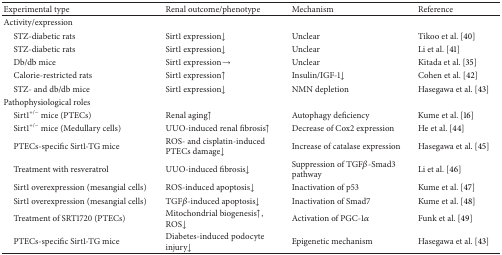
<table><thead><tr><td><b>Experimental type </b></td><td><b>Renal outcome/phenotype </b></td><td><b>Mechanism </b></td><td><b>Reference </b></td></tr></thead><tbody><tr><td>Activity/expression </td><td> </td><td> </td><td> </td></tr><tr><td> STZ-diabetic rats </td><td>Sirt1 expression<b>↓</b></td><td>Unclear </td><td>Tikoo et al. [40] </td></tr><tr><td> STZ-diabetic rats </td><td>Sirt1 expression↓ </td><td>Unclear </td><td>Li et al. [41] </td></tr><tr><td> Db/db mice </td><td>Sirt1 expression→ </td><td>Unclear </td><td>Kitada et al. [35] </td></tr><tr><td> Calorie-restricted rats </td><td>Sirt1 expression↑</td><td>Insulin/IGF-1↓</td><td>Cohen et al. [42] </td></tr><tr><td> STZ- and db/db mice</td><td>Sirt1 expression↓</td><td>NMN depletion</td><td>Hasegawa et al. [43]</td></tr><tr><td>Pathophysiological roles </td><td> </td><td> </td><td> </td></tr><tr><td> Sirt1<sup>+/−</sup> mice (PTECs) </td><td>Renal aging↑ </td><td>Autophagy deficiency </td><td>Kume et al. [16]</td></tr><tr><td> Sirt1<sup>+/−</sup> mice (Medullary cells) </td><td>UUO-induced renal fibrosis↑ </td><td>Decrease of Cox2 expression </td><td>He et al. [44]</td></tr><tr><td> PTECs-specific Sirt1-TG mice </td><td>ROS- and cisplatin-induced PTECs damage↓ </td><td>Increase of catalase expression </td><td>Hasegawa et al. [45] </td></tr><tr><td> Treatment with resveratrol </td><td>UUO-induced fibrosis↓ </td><td>Suppression of TGF<i>β</i>-Smad3 pathway </td><td>Li et al. [46] </td></tr><tr><td> Sirt1 overexpression (mesangial cells) </td><td>ROS-induced apoptosis↓ </td><td>Inactivation of p53 </td><td>Kume et al. [47] </td></tr><tr><td> Sirt1 overexpression (mesangial cells) </td><td>TGF<i>β</i>-induced apoptosis↓ </td><td>Inactivation of Smad7 </td><td>Kume et al. [48] </td></tr><tr><td> Treatment of SRT1720 (PTECs) </td><td>Mitochondrial biogenesis↑, ROS↓</td><td>Activation of PGC-1<i>α</i></td><td>Funk et al. [49]</td></tr><tr><td> PTECs-specific Sirt1-TG mice</td><td>Diabetes-induced podocyte injury↓</td><td>Epigenetic mechanism</td><td>Hasegawa et al. [43]</td></tr></tbody></table>